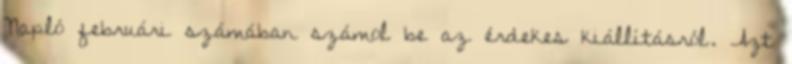
Napló februári számában számol be az érdekes kiállításról. Azt